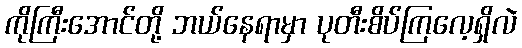
ကိုကြီးအောင်တို့ ဘယ်နေရာမှာ ပုတီးစိပ်ကြလေ့ရှိလဲ